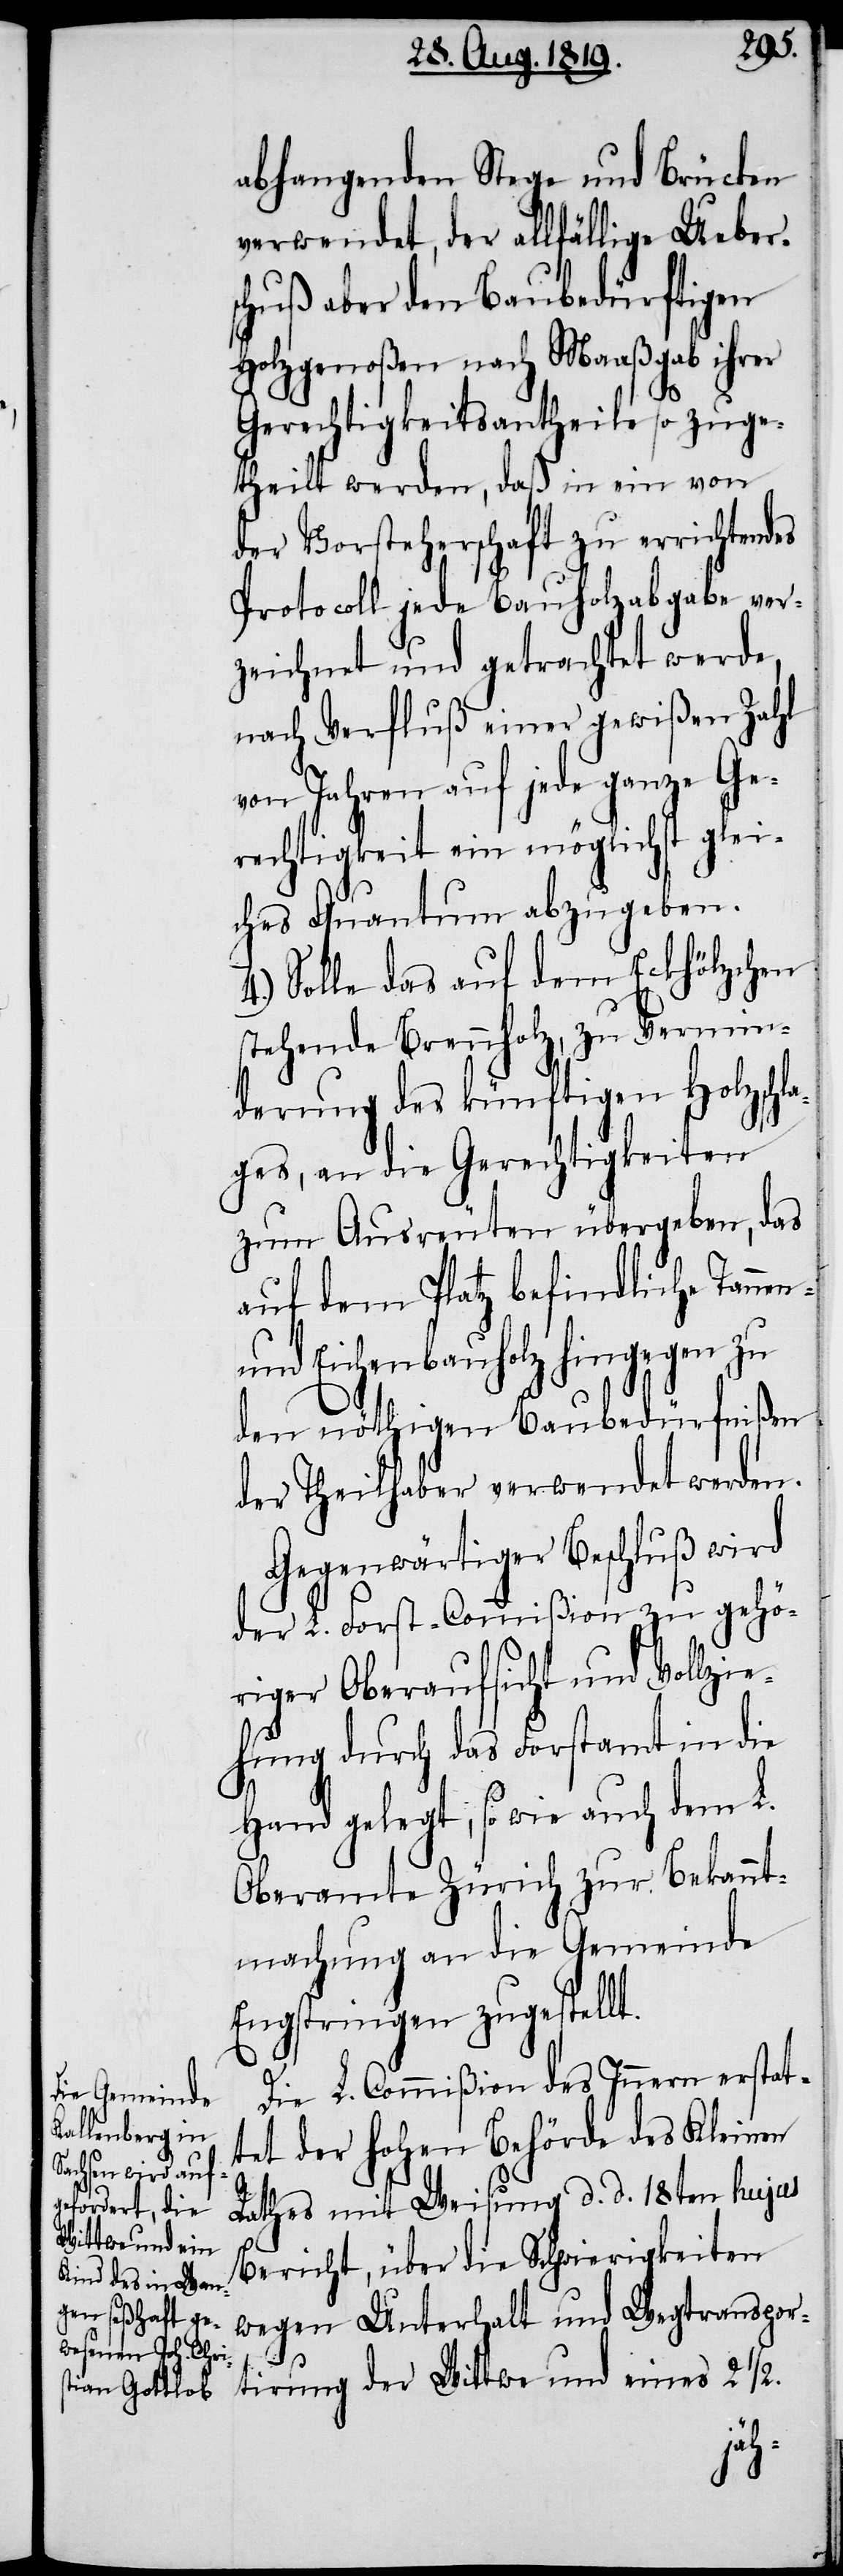
abhangenden Stege und Brücken
verwendet, der allfällige Uebers¬
chuß aber den Baubedürftigen
Holzgenoßen nach Maaßgab ihrer
n-
Gerechtigkeitsantheile so zuge¬
theilt werden, daß in ein von
der Vorsteherschaft zu errichtendes
Protocoll jede Bauholzabgabe ver¬
zeichnet und getrachtet werde,
nach Verfluß einer gewißen Zahl
von Jahren auf jede ganze Ge¬
rechtigkeit ein möglichst glei¬
ches Quantum abzugeben.
Solle das auf dem Eckhölzchen
stehende Brennholz, zu Vermin¬
derung des künftigen Holzschl¬
ages, an die Gerechtigkeiten
zum Ausreuten übergeben, das
auf dem Platz befindliche Tanne¬
und Eichenbauholz hingegen zu
den nöthigen Baubedürfnißen
der Theilhaber verwendet werden.
Gegenwärtiger Beschluß wird
der L. Forst-Commißion zu gehö¬
riger Oberaufsicht und Vollzie¬
hung durch das Forstamt in die
Hand gelegt, sowie auch dem L.
Oberamte Zürich zur Bekannt¬
machung an die Gemeinde
Engstringen zugestellt.